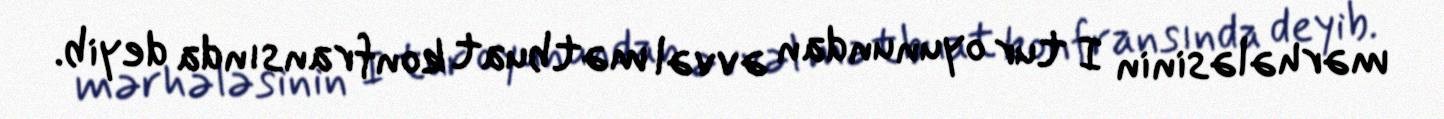
mərhələsinin I tur oyunundan əvvəl mətbuat konfransında deyib.